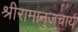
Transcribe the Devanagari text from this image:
श्रीरामानुजचार्य